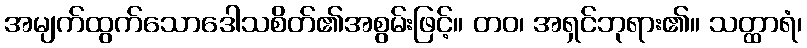
အမျက်ထွက်သောဒေါသစိတ်၏အစွမ်းဖြင့်။ တဝ၊ အရှင်ဘုရား၏။ သတ္ထာရံ၊